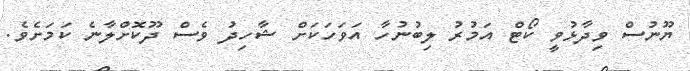
ޔޫނުސް ވިދާޅުވީ ކޯޓް އަމުރު ލިބުނުހާ އަވަހަކަށް ޝާހިދު ވެސް ދޫކޮށްލާނެ ކަމަށެވެ.